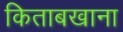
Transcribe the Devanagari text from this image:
किताबखाना